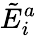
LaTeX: {\tilde{E}}_{i}^{a}